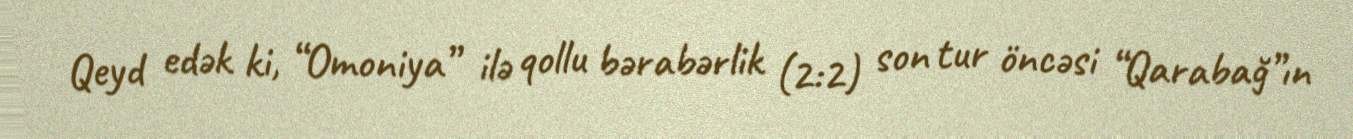
Qeyd edək ki, “Omoniya” ilə qollu bərabərlik (2:2) son tur öncəsi “Qarabağ”ın